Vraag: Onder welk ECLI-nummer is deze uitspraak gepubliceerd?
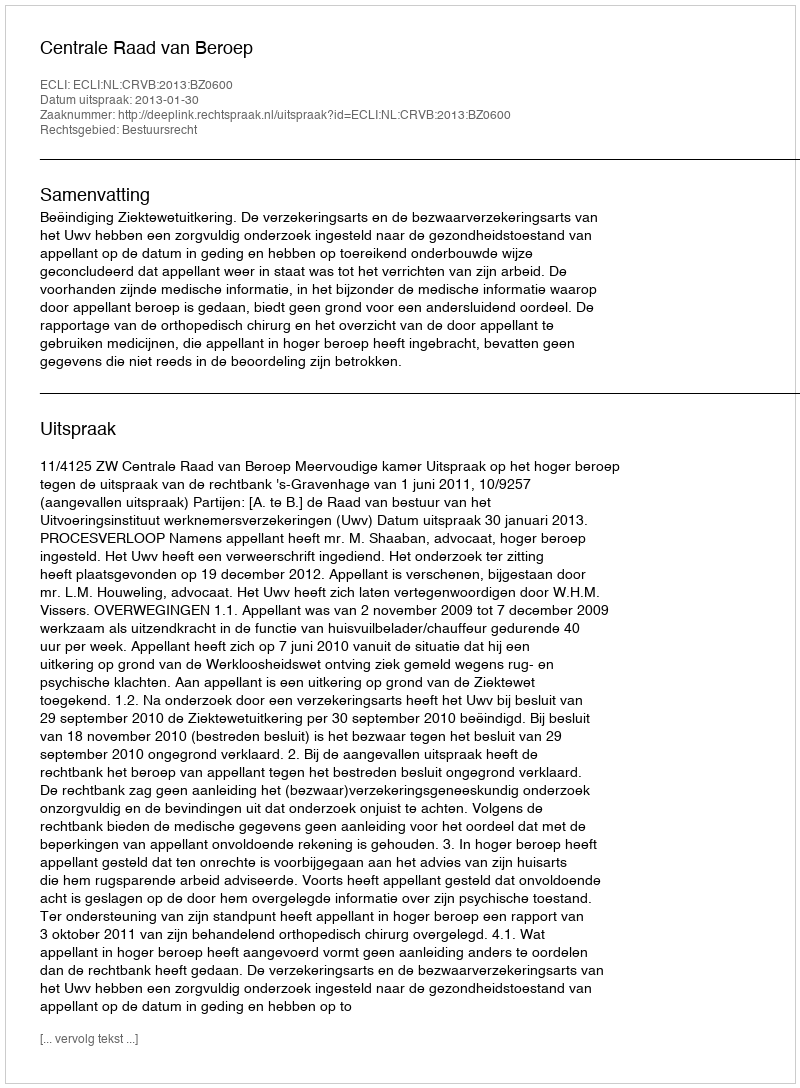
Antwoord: ECLI:NL:CRVB:2013:BZ0600